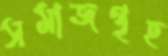
সমাজগৃহ